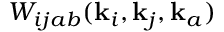
W _ { i j a b } ( \mathbf { k } _ { i } , \mathbf { k } _ { j } , \mathbf { k } _ { a } )